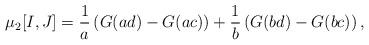
LaTeX: \begin{align*}\mu_2 [I,J] = \frac 1 a \left( G(ad) - G(ac) \right) + \frac 1 b \left( G(bd) - G(bc) \right) ,\end{align*}